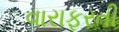
વારાફરતી